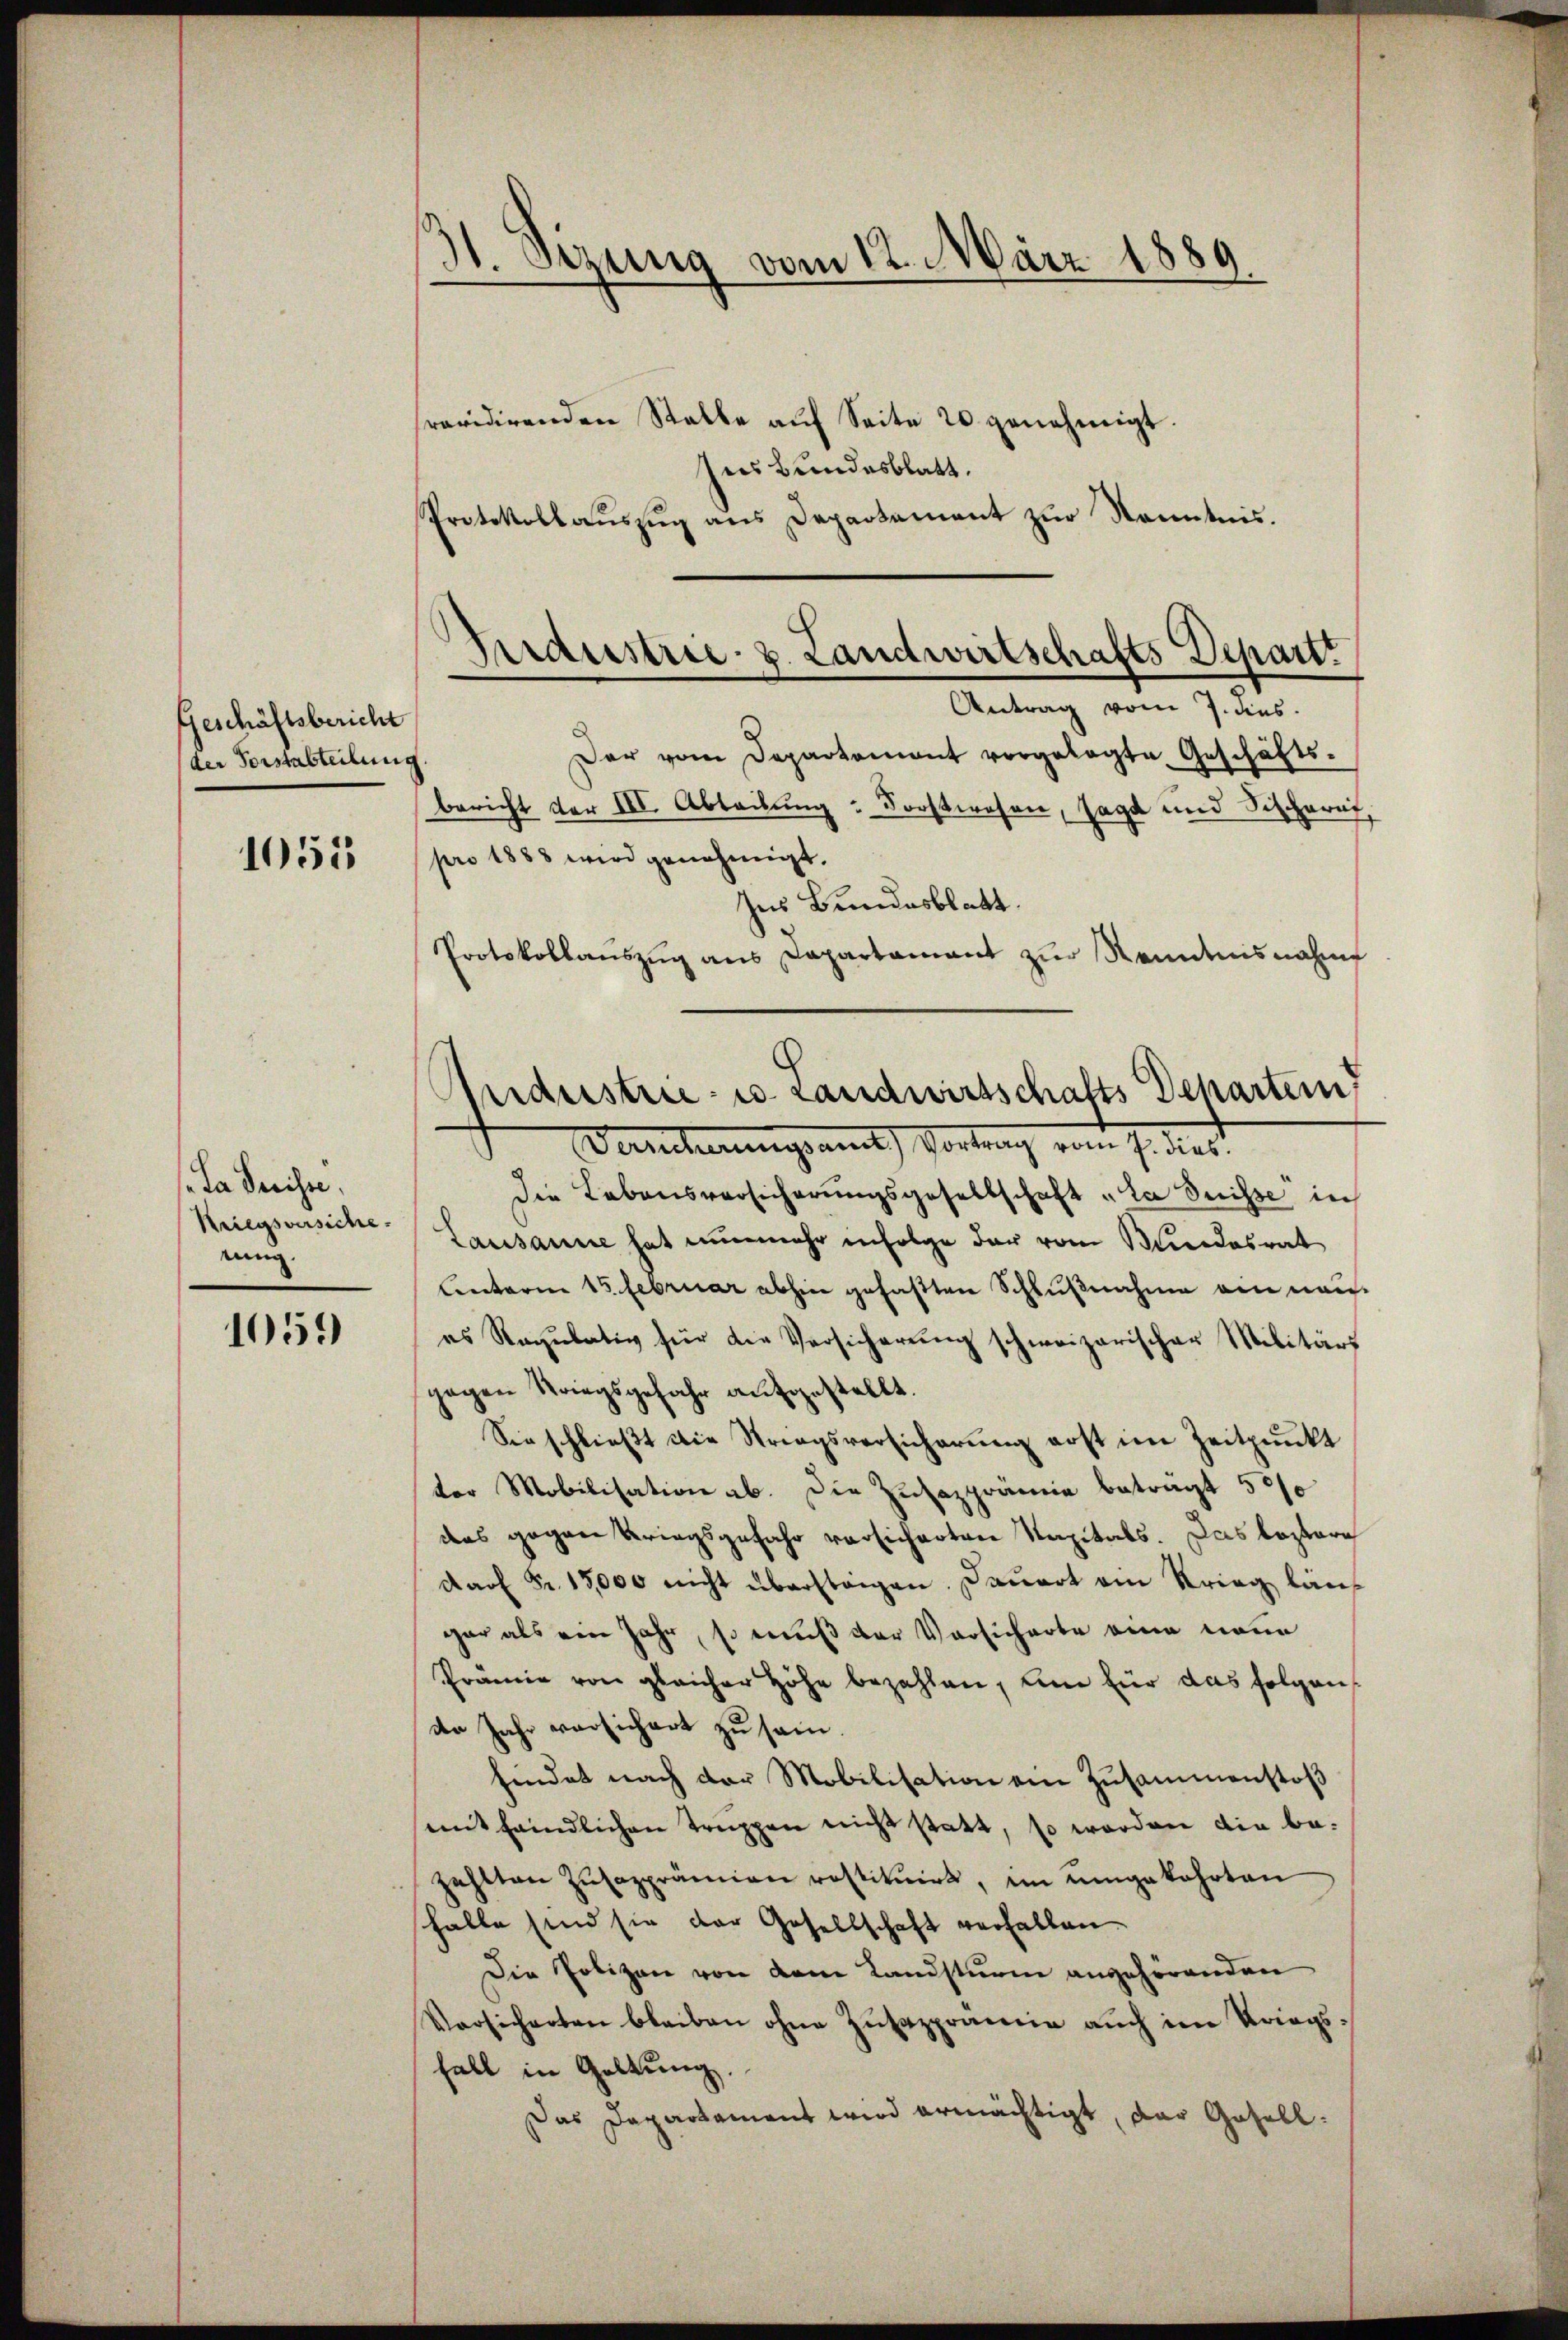
Geschäftsbericht
(der Forstabteilung

1055

La Senisse,
Kriegsversiche
rung.

1059

31. Sizung vom 12. März 1889.

revidirenden Stalle aŭf Seite 20 genehmigt.
Ins Bundesblatt.
Protokollauszug aus Departement zur Kenntnis.

Kraustrie. v. Landwirtschafts-Depart
Antrag vom 7. dies.

Andustrie- u. Landwirtschafts Departen

Der vom Departement vorgelegte Geschäfts-
bericht der III. Abteilung : Forstwesen, sagt und Sischeret,
pro 1888 wird genehmigt.
es Bundesblatt.
Protokollauszug aus Capartament zur Kenntnisnahme
Vancherungsamt Portung vom 7. dies
Die Lebensversicherungsgesellschaft „La Suisse in
Lausanne hat nunmehr infolge der vom Bundesrat
Unterm 15. Februar abhin gefaßten Schlußnahme am neues Regulativ für die Versicherŭng schweizerischer Militärs
gegen Striegsgefahr aŭfgestellt.
Sie schließt die Striegsversicherung erst im Zeitpunkt
der Mobilisation ab. Die Zusazprämie betragt 500
das gegen Beriegsgefahr versicherten Kapitals. Das leztere
darf Fr. 15,000 nicht überstagen. Dauert ein Krieg läuf
gar als ein Jahr, so muß der Vorsicherte eine neue
Prämie von gleicher Höhe bezahlen, am für das folgen-
de Jahr versichert zu sam.
findet nach der Mobilisation ein Zusammenstoß
mit feindlichen Truppen nicht statt, so werden die bezahlten Zŭsazprämien rostituirt, im umgekehrten
halte sind sie der Gesellschaft verhalten
Die Polizen von dem Landsturm angehörenden
Vorsicherten bleiben ohne Zŭsazprämie aŭch im Kriegshalt in Geltung.
Das Departament wird ermächtigt, das Gesell¬